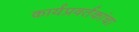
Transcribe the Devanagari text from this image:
कार्यप्रवर्तकांचा